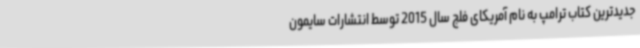
جدیدترین کتاب ترامپ به نام آمریکای فلج سال 2015 توسط انتشارات سایمون